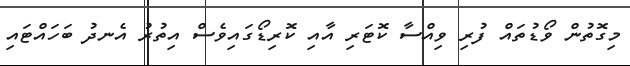
މިގޮތުން ވޯޑުތައް ފުރި ވިއްސާ ކޮޓަރި އާއި ކޮރިޑޯގައިވެސް އިތުރު އެނދު ބަހައްޓައި